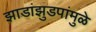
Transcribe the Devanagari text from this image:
झाडांझुडपांमुळे